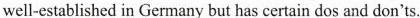
well-established in Germany but has certain dos and don'ts.